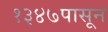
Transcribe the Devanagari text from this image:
१३४७पासून